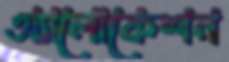
অ্যালোকেশন